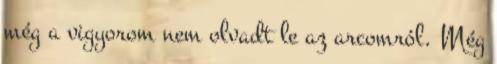
még a vigyorom nem olvadt le az arcomról. Még